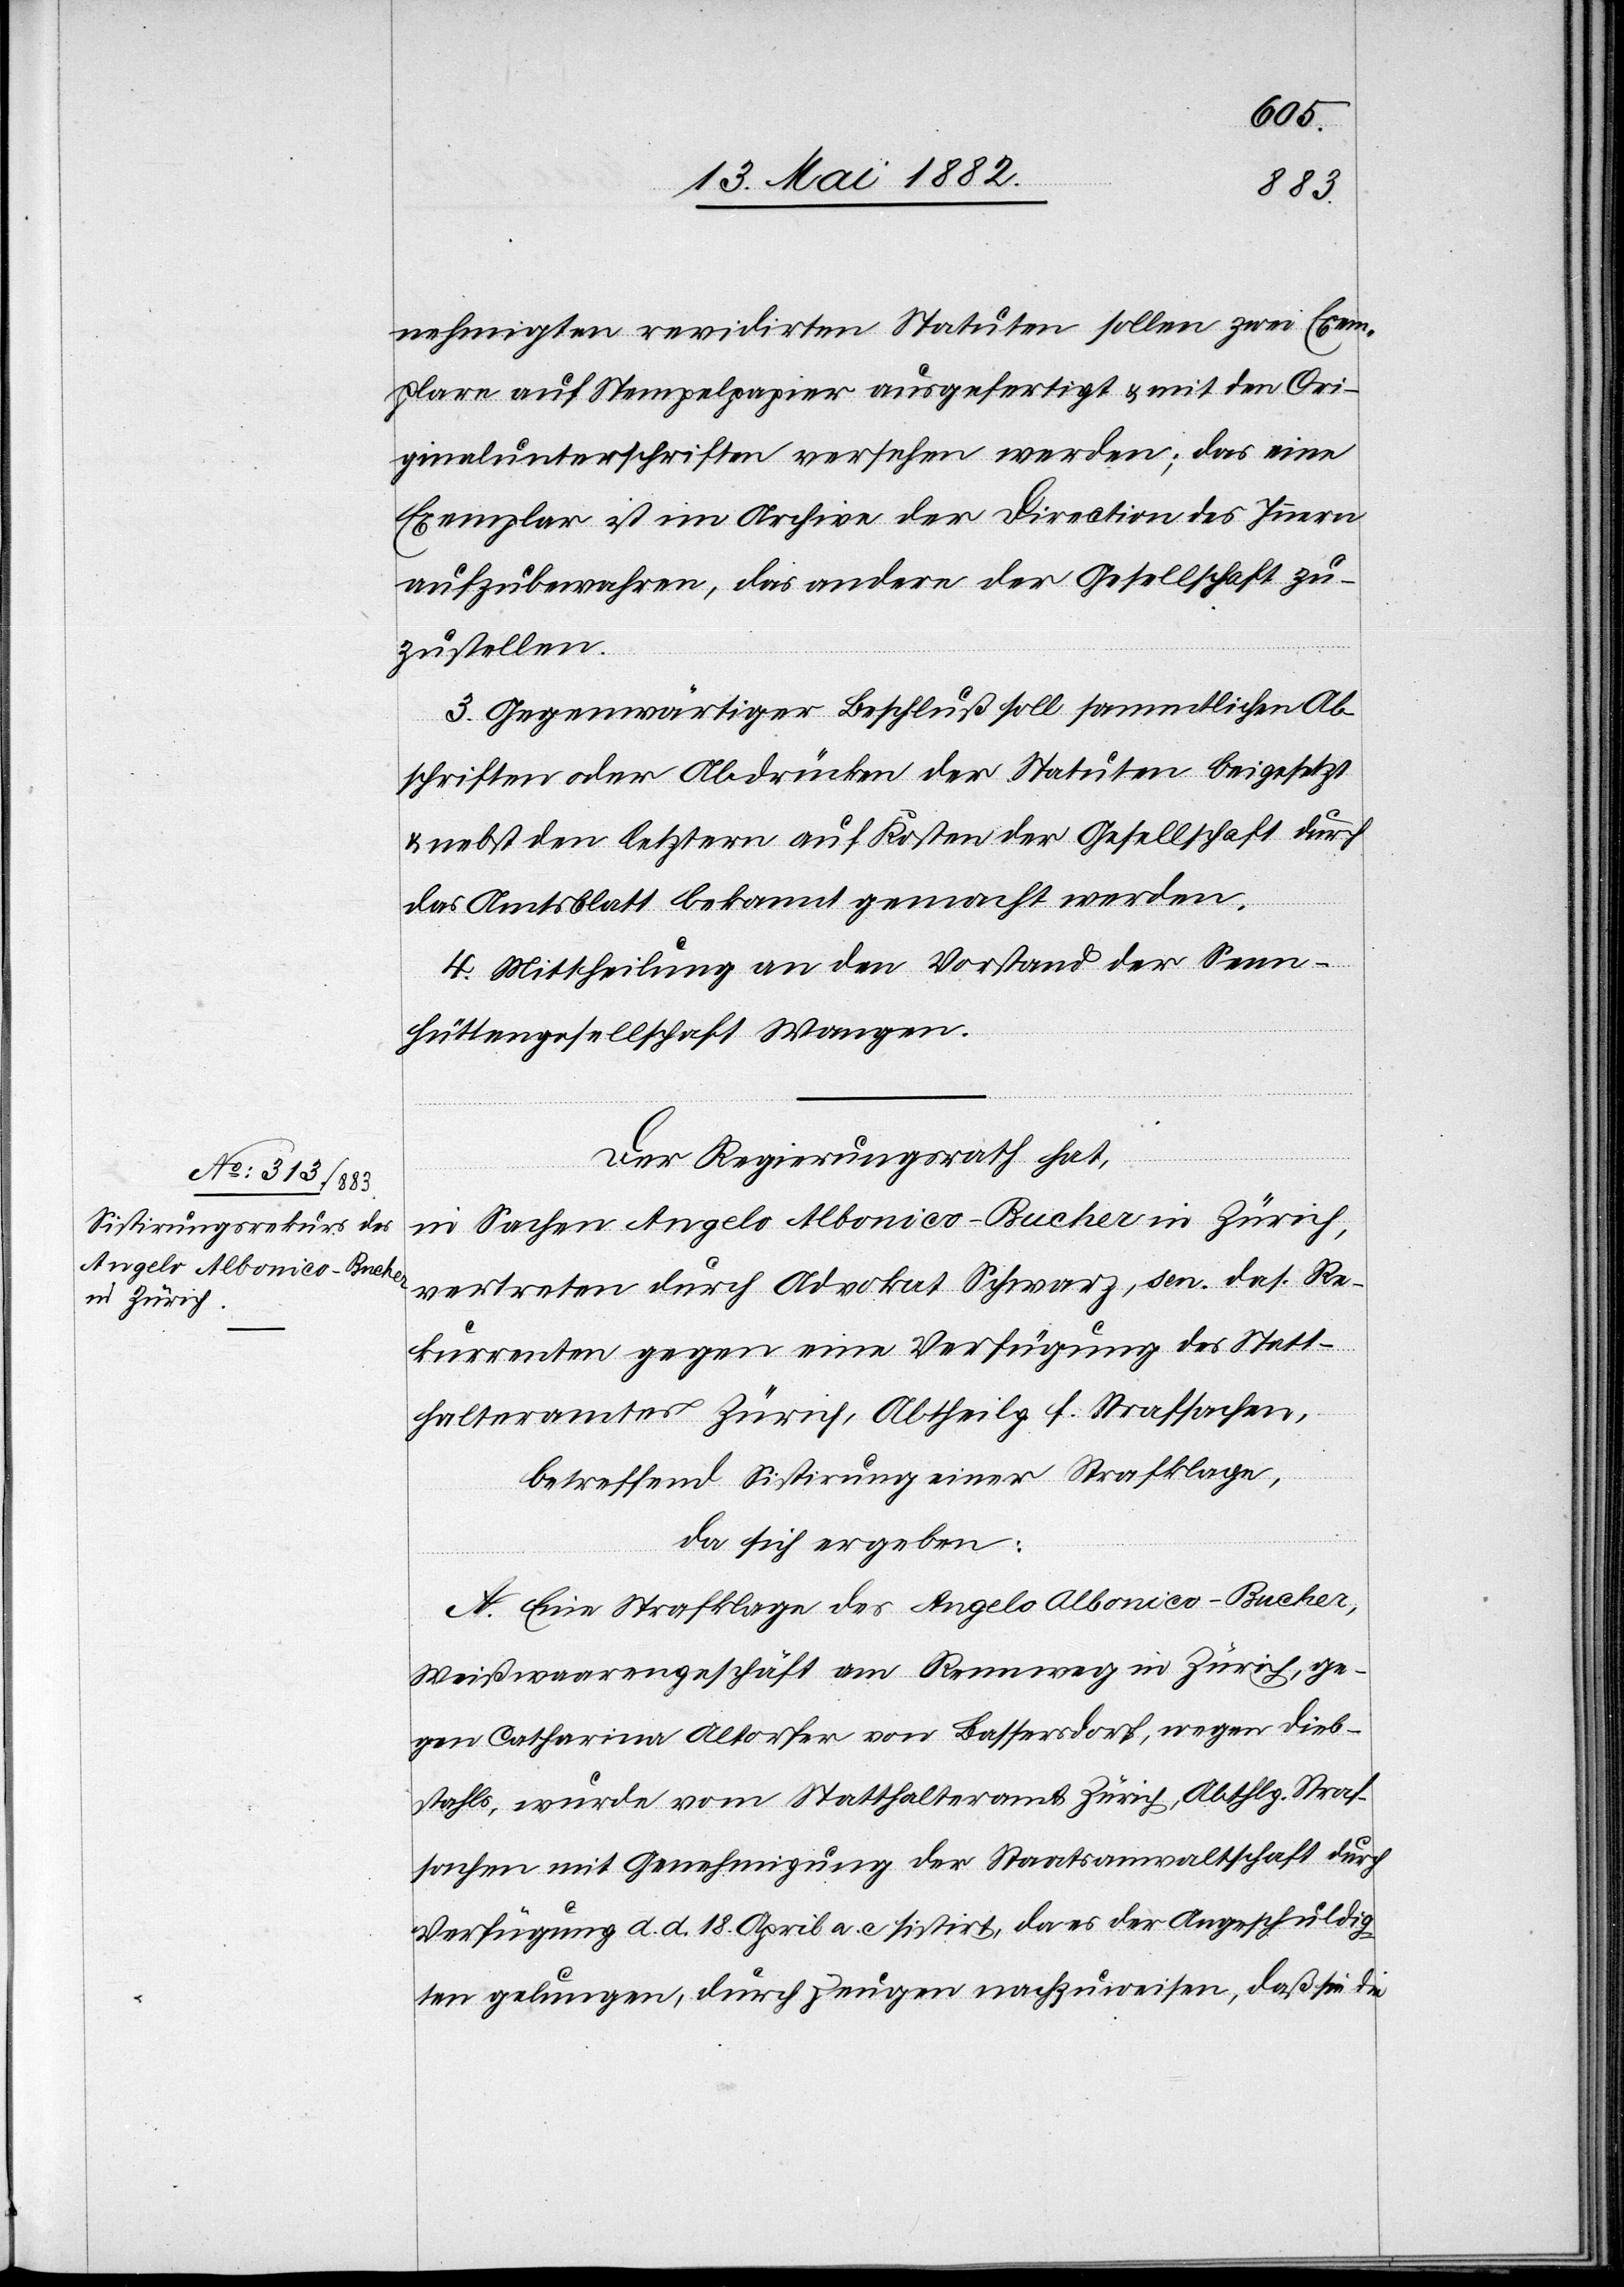
nehmigten revidirten Statuten sollen zwei Exem¬
plare auf Stempelpapier ausgefertigt & mit den Ori¬
ginalunterschriften versehen werden; das eine
Exemplar ist im Archive der Direction des Innern
aufzubewahren, das andere der Gesellschaft zu¬
zustellen.
3. Gegenwärtiger Beschluß soll sämmtlichen Ab¬
schriften oder Abdrücken der Statuten beigesetzt
& nebst den letztern auf Kosten der Gesellschaft durch
das Amtsblatt bekannt gemacht werden.
4. Mittheilung an den Vorstand der Senn¬
hüttengesellschaft Wangen.
Der Regierungsrath hat,
in Sachen Angelo Albonico-Bucher in Zürich,
vertreten durch Advokat Schwarz, sen. das. Re¬
kurrenten gegen eine Verfügung des Statt¬
halteramtes Zürich, Abtheilg. f. Strafsachen,
da sich ergeben:
A. Eine Strafklage des Angelo Albonico-Bucher,
Weißwaarengeschäft am Rennweg in Zürich, ge¬
gen Catharina Altorfer von Bassersdorf, wegen Dieb¬
stahls, wurde vom Statthalteramt Zürich, Abthlg. Straf¬
sachen mit Genehmigung der Staatsanwaltschaft durch
Verfügung d. d. 18. April a. c. sistirt, da es der Angeschuldig¬
ten gelungen, durch Zeugen nachzuweisen, daß sie die